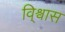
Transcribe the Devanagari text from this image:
वि्श्वास